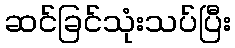
ဆင်ခြင်သုံးသပ်ပြီး